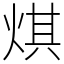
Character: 𤊄